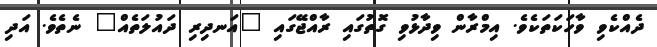
ދެއްކެވި ވާހަކަތަކެވެ. އިމްރާން ވިދާޅުވި ގޮތުގައި ރާއްޖޭގައި "އަނދިރި ދައުލަތެއް" ނެތެވެ. އަދި